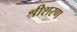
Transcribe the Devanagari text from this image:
श्रीशरण